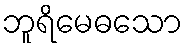
ဘူရိမေဓသော